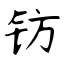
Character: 钫